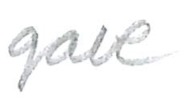
Text: gave
Cross-out: clean
Writing tool: pencil